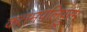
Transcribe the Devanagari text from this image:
कतमपलिपुरम